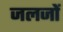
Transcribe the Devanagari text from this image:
जलजों